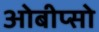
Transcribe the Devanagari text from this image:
ओबीप्‍सो